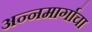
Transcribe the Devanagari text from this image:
अन्नमार्गाचा